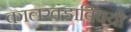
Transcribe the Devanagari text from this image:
कालखंडाविषयी